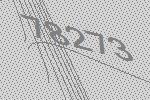
78273